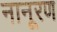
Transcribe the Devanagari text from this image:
नानूरण